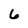
Character: 6